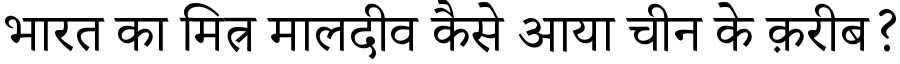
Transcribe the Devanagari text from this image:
भारत का मित्र मालदीव कैसे आया चीन के क़रीब?